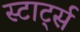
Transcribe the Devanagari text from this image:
स्टार्ट्स